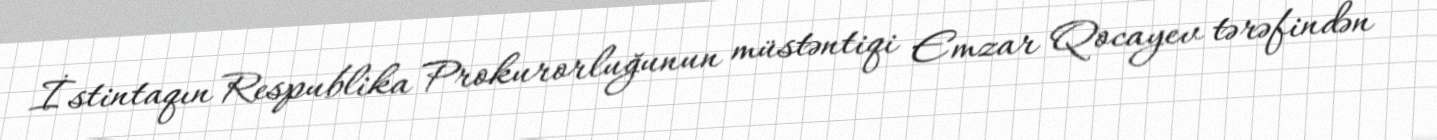
İstintaqın Respublika Prokurorluğunun müstəntiqi Emzar Qocayev tərəfindən